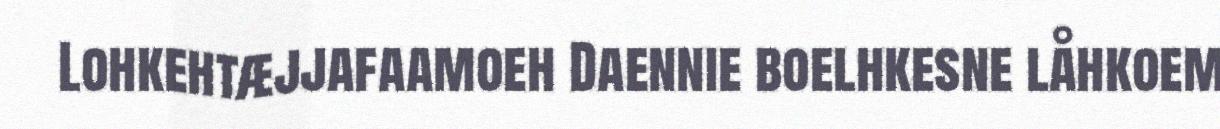
Lohkehtæjjafaamoeh Daennie boelhkesne låhkoem